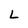
Character: L